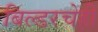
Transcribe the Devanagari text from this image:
बिल्डरचेही